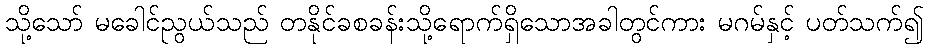
သို့သော် မခေါင်ညွယ်သည် တနိုင်ခစခန်းသို့ရောက်ရှိသောအခါတွင်ကား မဂမ်နှင့် ပတ်သက်၍